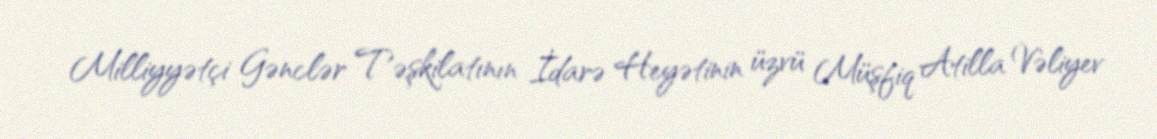
Milliyyətçi Gənclər Təşkilatının İdarə Heyətinin üzvü Müşfiq Atilla Vəliyev